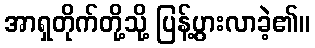
အာရှတိုက်တို့သို့ ပြန့်ပွားလာခဲ့၏။